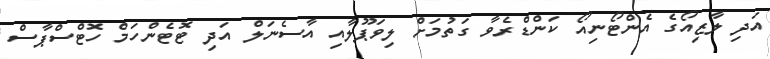
އަދި ލާޒިއޯގެ އެންޓޯނިއޯ ކަންޑްރެވާ ގަތުމަށް ލިވަޕޫލާއި އާސެނަލް އަދި ޓޮޓެންހަމް ހޮޓްސްޕާސް